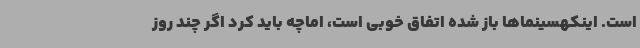
است. اینکهسینماها باز شده اتفاق خوبی است، اماچه باید کرد اگر چند روز